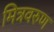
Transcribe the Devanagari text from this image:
मित्रवरुण